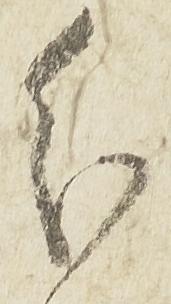
分